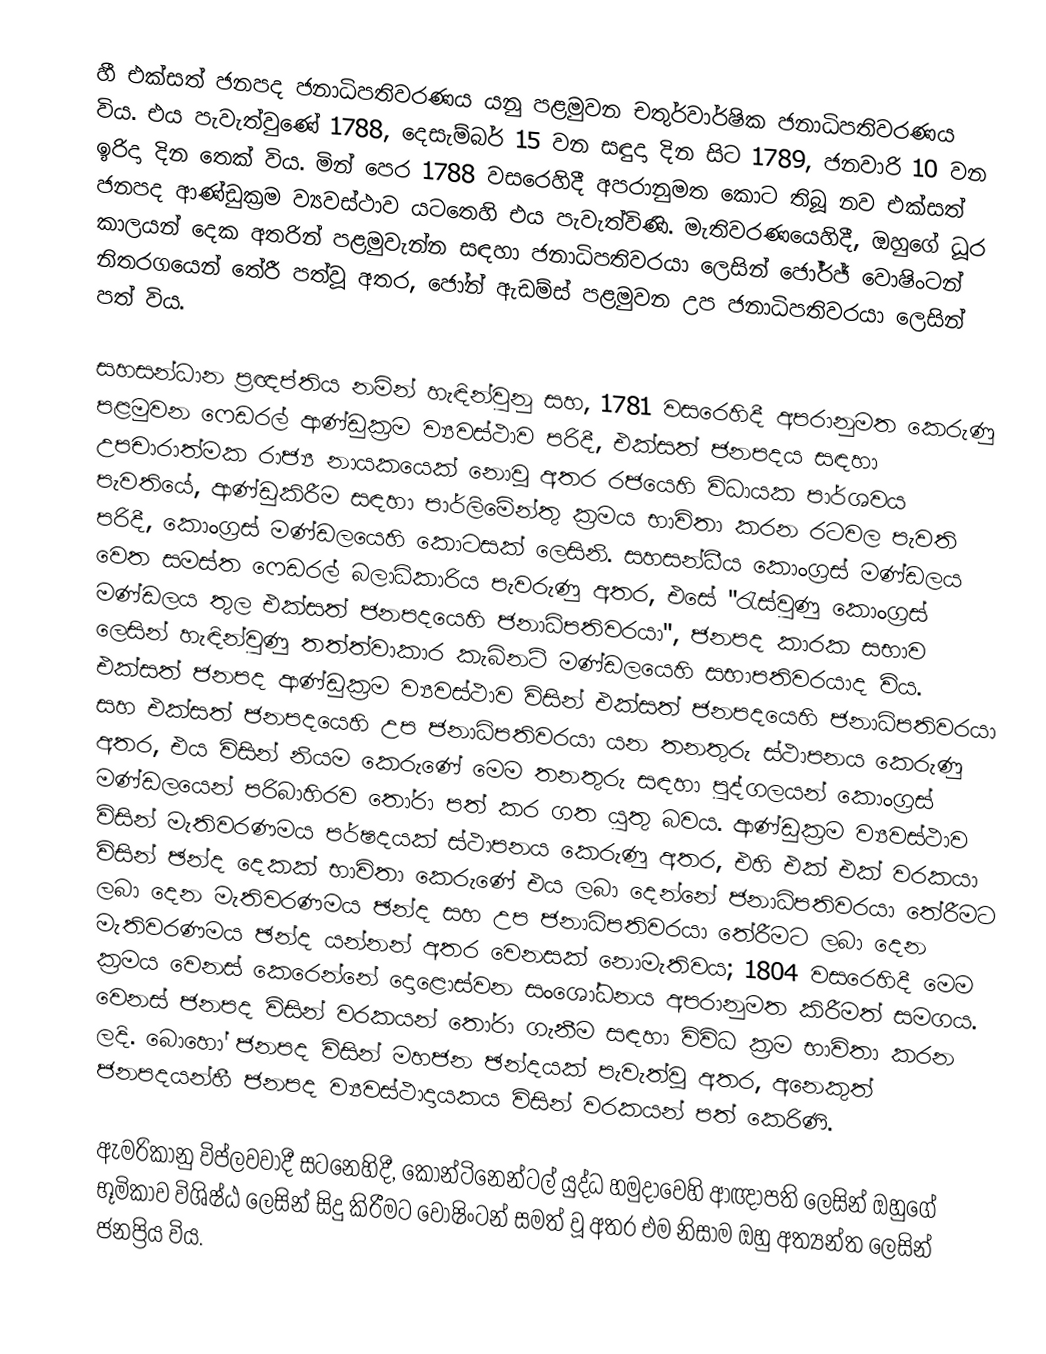
හී එක්සත් ජනපද ජනාධිපතිවරණය යනු පළමුවන චතුර්වාර්ෂික ජනාධිපතිවරණය විය. එය පැවැත්වුණේ 1788, දෙසැම්බර් 15 වන සඳුදා දින සිට 1789, ජනවාරි 10 වන ඉරිදා දින තෙක් විය. මින් පෙර 1788 වසරෙහිදී අපරානුමත කොට තිබූ  නව එක්සත් ජනපද ආණ්ඩුක්‍රම ව්‍යවස්ථාව යටතෙහි එය පැවැත්විණි. මැතිවරණයෙහිදී, ඔහුගේ ධූර කාලයන් දෙක අතරින් පළමුවැන්න සඳහා ජනාධිපතිවරයා ලෙසින් ජෝර්ජ් වොෂිංටන් නිතරගයෙන් තේරී පත්වූ අතර, ජෝන් ඇඩම්ස් පළමුවන උප ජනාධිපතිවරයා ලෙසින් පත් විය.

සහසන්ධාන ප්‍රඥප්තිය නමින් හැඳින්වුනු සහ, 1781 වසරෙහිදී අපරානුමත කෙරුණු පළමුවන ෆෙඩරල් ආණ්ඩුක්‍රම ව්‍යවස්ථාව පරිදී, එක්සත් ජනපදය සඳහා උපචාරාත්මක රාජ්‍ය නායකයෙක් නොවූ අතර රජයෙහි විධායක පාර්ශවය පැවතියේ,  ආණ්ඩුකිරීම සඳහා පාර්ලිමේන්තු ක්‍රමය භාවිතා කරන රටවල පැවති පරිදී,  කොංග්‍රස් මණ්ඩලයෙහි කොටසක් ලෙසිනි. සහසන්ධීය කොංග්‍රස් මණ්ඩලය වෙත සමස්ත ෆෙඩරල් බලාධිකාරිය පැවරුණු අතර, එසේ  "රැස්වුණු කොංග්‍රස් මණ්ඩලය තුල එක්සත් ජනපදයෙහි ජනාධිපතිවරයා", ජනපද කාරක සභාව ලෙසින් හැඳින්වුණු තත්ත්වාකාර කැබිනට් මණ්ඩලයෙහි සභාපතිවරයාද විය. එක්සත් ජනපද ආණ්ඩුක්‍රම ව්‍යවස්ථාව විසින් එක්සත් ජනපදයෙහි ජනාධිපතිවරයා සහ එක්සත් ජනපදයෙහි උප ජනාධිපතිවරයා යන තනතුරු ස්ථාපනය කෙරුණු අතර, එය විසින් නියම කෙරුණේ මෙම තනතුරු සඳහා පුද්ගලයන් කොංග්‍රස් මණ්ඩලයෙන් පරිබාහිරව තෝරා පත් කර ගත යුතු බවය. ආණ්ඩුක්‍රම ව්‍යවස්ථාව විසින් මැතිවරණමය පර්ෂදයක් ස්ථාපනය කෙරුණු අතර, එහි එක් එක් වරකයා විසින් ඡන්ද දෙකක් භාවිතා කෙරුණේ එය ලබා දෙන්නේ ජනාධිපතිවරයා තේරීමට ලබා දෙන මැතිවරණමය ඡන්ද සහ උප ජනාධිපතිවරයා තේරීමට ලබා දෙන මැතිවරණමය ඡන්ද යන්නන් අතර වෙනසක් නොමැතිවය; 1804 වසරෙහිදී මෙම ක්‍රමය වෙනස් කෙරෙන්නේ   දොළොස්වන සංශෝධනය අපරානුමත කිරීමත් සමගය. වෙනස් ජනපද විසින් වරකයන් තෝරා ගැනීම සඳහා විවිධ ක්‍රම භාවිතා කරන ලදි. බොහෝ ජනපද විසින් මහජන ඡන්දයක් පැවැත්වූ අතර, අනෙකුත් ජනපදයන්හී ජනපද ව්‍යවස්ථාදායකය විසින් වරකයන් පත් කෙරිණි.

 ඇමරිකානු විප්ලවවාදී සටනෙහිදී,  කොන්ටිනෙන්ටල් යුද්ධ හමුදාවෙහි ආඥාපති ලෙසින් ඔහුගේ භූමිකාව  විශිෂ්ඨ ලෙසින් සිදු කිරීමට වොෂිංටන් සමත් වූ අතර එම නිසාම ඔහු අත්‍යන්ත ලෙසින් ජනප්‍රිය විය.